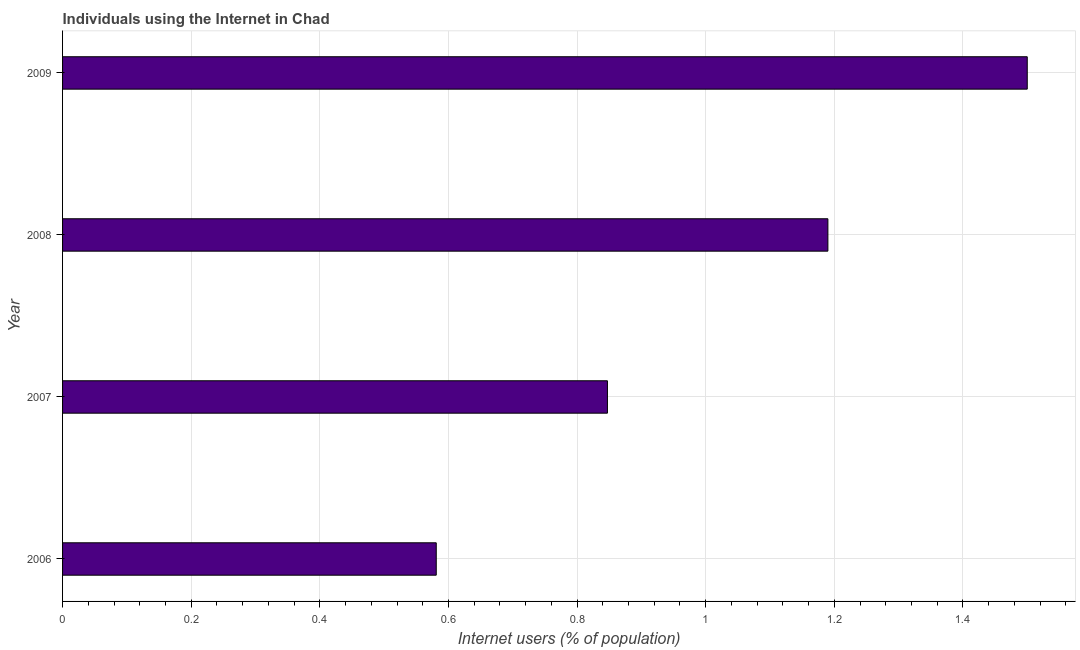
| Year | Internet users |
 | --- | --- |
 | 2006 | 0.581 |
 | 2007 | 0.847 |
 | 2008 | 1.19 |
 | 2009 | 1.5 |